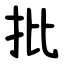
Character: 批